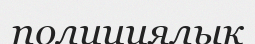
полициялық